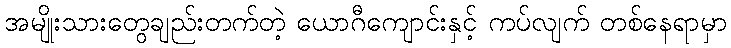
အမျိုးသားတွေချည်းတက်တဲ့ ယောဂီကျောင်းနှင့် ကပ်လျက် တစ်နေရာမှာ